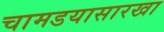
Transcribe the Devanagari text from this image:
चामडयासारखा